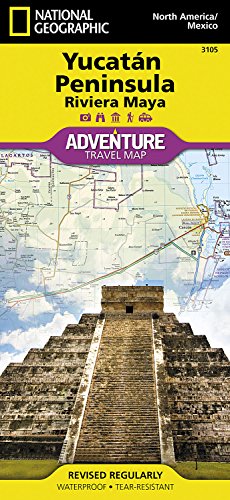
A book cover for Yucatan Peninsula: Riviera Maya [Mexico] (National Geographic Adventure Map); National Geographic Maps - Adventure; Travel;